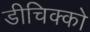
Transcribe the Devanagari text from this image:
डीचिक्को